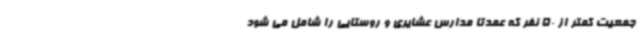
جمعیت کمتر از 50 نفر که عمدتا مدارس عشایری و روستایی را شامل می شود